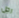
رجل